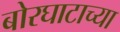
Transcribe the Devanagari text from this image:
बोरघाटाच्या